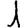
Digit: 1